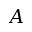
A